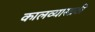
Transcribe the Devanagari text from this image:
कालव्यासाठी